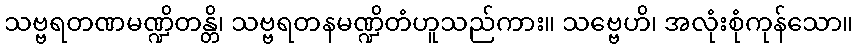
သဗ္ဗရတဏမဏ္ဍိတန္တိ၊ သဗ္ဗရတနမဏ္ဍိတံဟူသည်ကား။ သဗ္ဗေဟိ၊ အလုံးစုံကုန်သော။